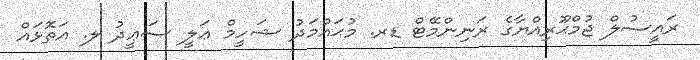
ރަަައީސުލް ޖުމްޙޫރިއްޔާގެ ރަނިންމޭޓް ޑރ. މުޙައްމަދު ޝަހީމް ޢަލީ ސަޢީދު ލ. އަތޮޅައް